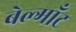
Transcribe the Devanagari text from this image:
बेल्माँट